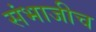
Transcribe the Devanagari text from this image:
संभाजीच